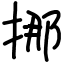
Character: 挪